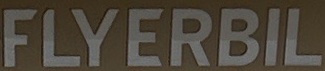
FLYERBIL